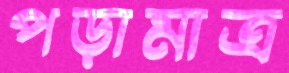
পড়ামাত্র